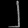
Digit: ၂